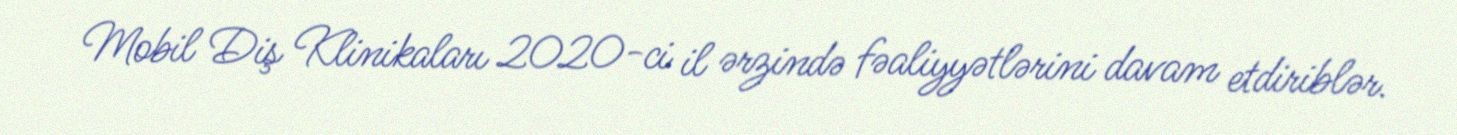
Mobil Diş Klinikaları 2020-ci il ərzində fəaliyyətlərini davam etdiriblər.